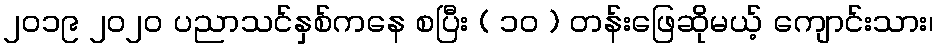
၂၀၁၉ ၂၀၂၀ ပညာသင်နှစ်ကနေ စပြီး ( ၁၀ ) တန်းဖြေဆိုမယ့် ကျောင်းသား၊